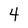
Character: 4